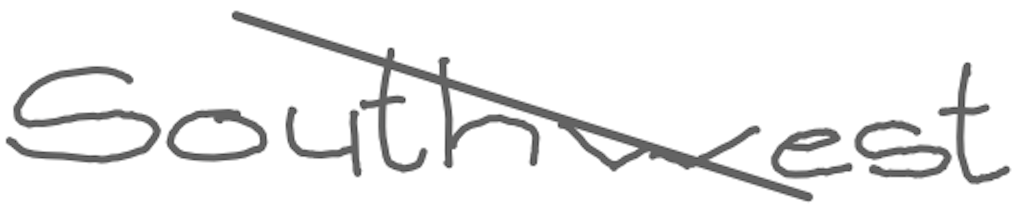
Text: southwest
Cross-out: diagonal
Writing tool: digital_gray